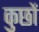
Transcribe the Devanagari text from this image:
कुछों